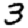
Digit: 3